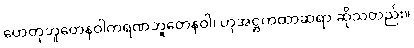
ဟေတုဘူတေနဝါကရဏဘူတေနဝါ၊ ဟုအဋ္ဌကထာဆရာ ဆိုသတည်း။